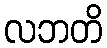
လဘတိ